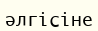
әлгісіне